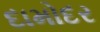
દામોદર